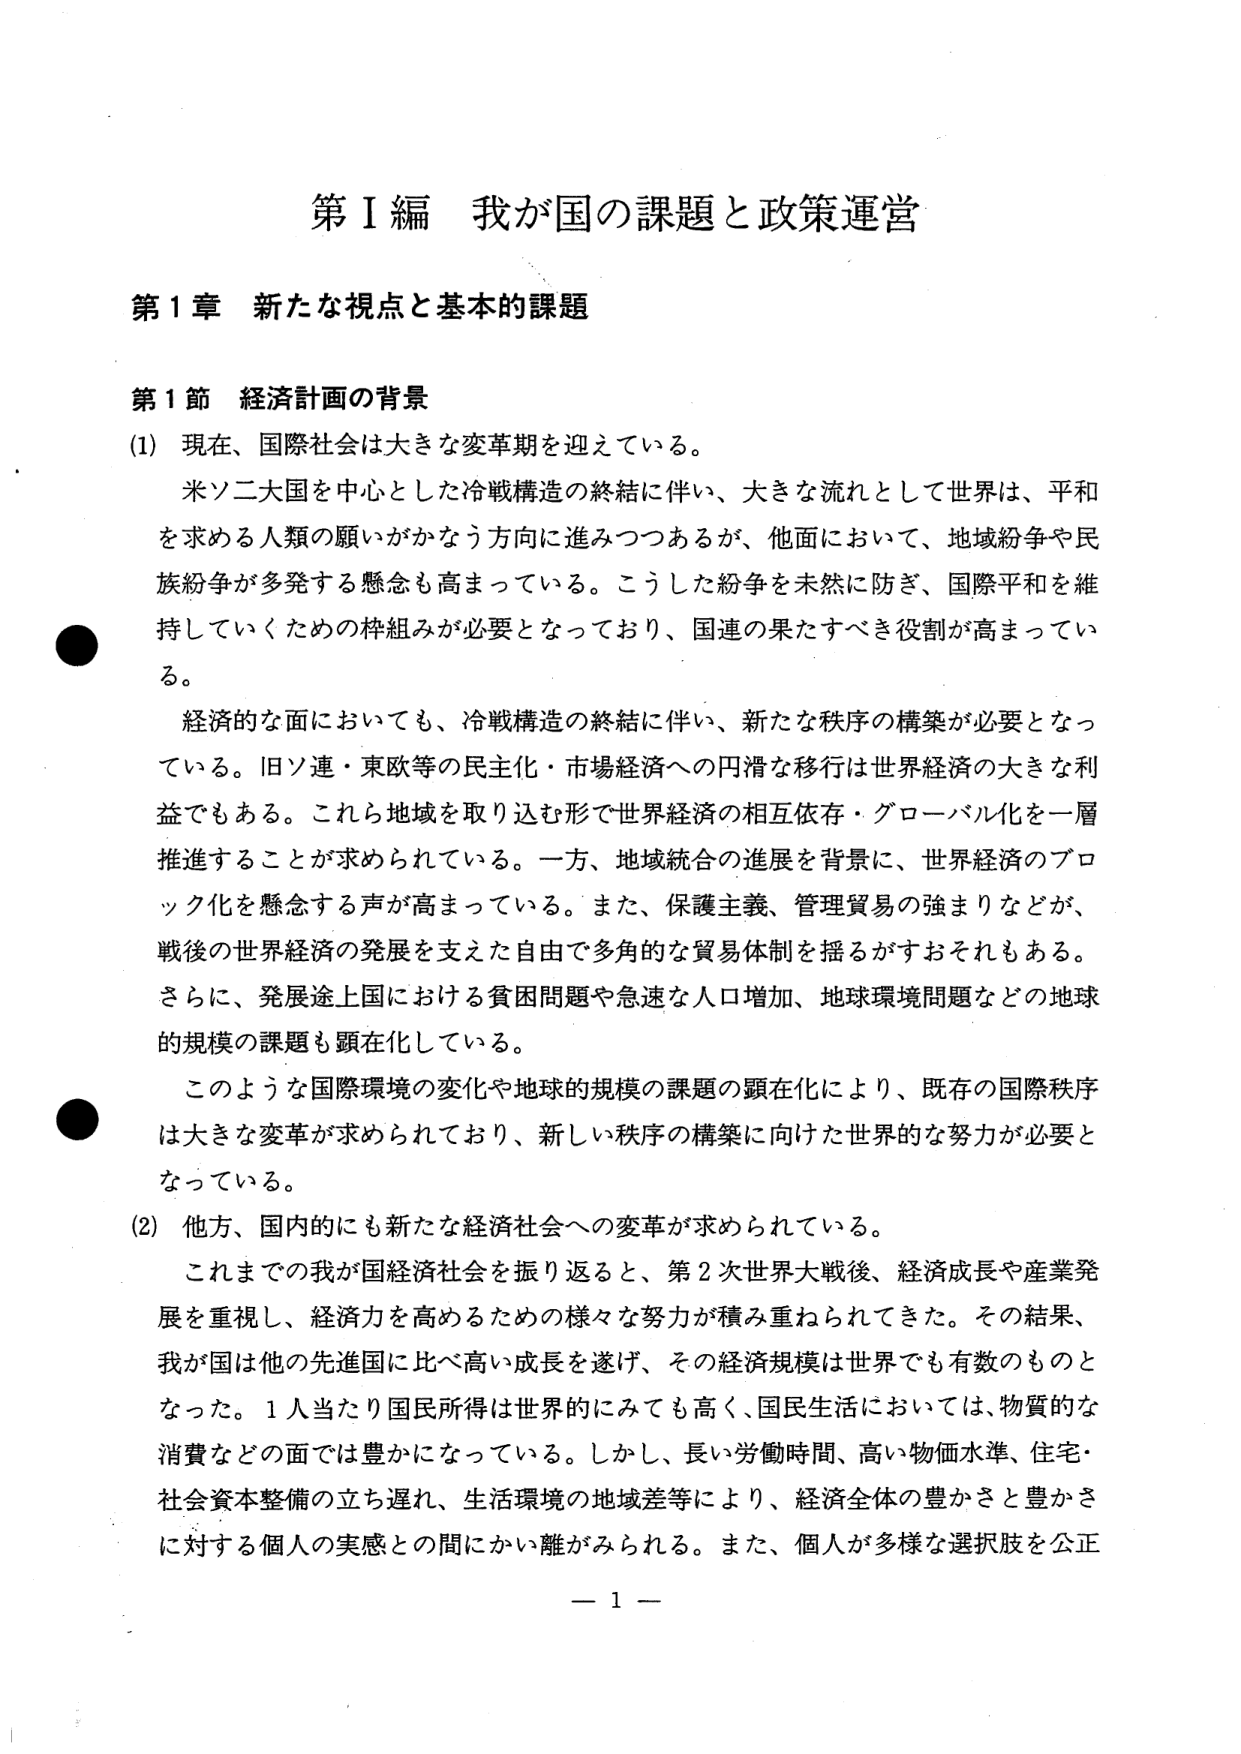
第Ⅰ編 我が国の課題と政策運営

第1章 新たな視点と基本的課題

第1節 経済計画の背景

(1) 現在、国際社会は大きな変革期を迎えている。

　　米ソ二大国を中心とした冷戦構造の終結に伴い、大きな流れとして世界は、平和を求める人類の願いがかなう方向に進みつつあるが、他面において、地域紛争や民族紛争が多発する懸念も高まっている。こうした紛争を未然に防ぎ、国際平和を維持していくための枠組みが必要となっており、国連の果たすべき役割が高まっている。

　　経済的な面においても、冷戦構造の終結に伴い、新たな秩序の構築が必要となっている。旧ソ連・東欧等の民主化・市場経済への円滑な移行は世界経済の大きな利益でもある。これら地域を取り込む形で世界経済の相互依存・グローバル化を一層推進することが求められている。一方、地域統合の進展を背景に、世界経済のブロック化を懸念する声が高まっている。また、保護主義、管理貿易の強まりなどが、戦後の世界経済の発展を支えた自由で多角的な貿易体制を揺るがすおそれもある。さらに、発展途上国における貧困問題や急速な人口増加、地球環境問題などの地球的規模の課題も顕在化している。

　　このような国際環境の変化や地球的規模の課題の顕在化により、既存の国際秩序は大きな変革が求められており、新しい秩序の構築に向けた世界的な努力が必要となっている。

(2) 他方、国内的にも新たな経済社会への変革が求められている。

　　これまでの我が国経済社会を振り返ると、第2次世界大戦後、経済成長や産業発展を重視し、経済力を高めるための様々な努力が積み重ねられてきた。その結果、我が国は他の先進国に比べ高い成長を遂げ、その経済規模は世界でも有数のものとなった。1人当たり国民所得は世界的にみても高く、国民生活においては、物質的な消費などの面では豊かになっている。しかし、長い労働時間、高い物価水準、住宅・社会資本整備の立ち遅れ、生活環境の地域差等により、経済全体の豊かさと豊かさに対する個人の実感との間にかい離がみられる。また、個人が多様な選択肢を公正

— 1 —